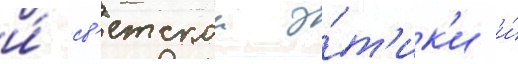
и́ св'етскои э́т'ик'и и́